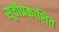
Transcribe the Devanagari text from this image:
सूचीप्रकाशित